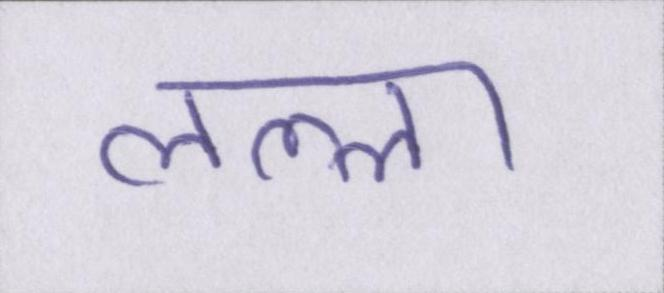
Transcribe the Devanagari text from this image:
लल्ला